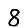
Digit: 8